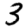
Digit: 3